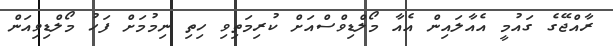
ރާއްޖޭގެ ގައުމީ އެއާލައިން އެއާ މޯލްޑިވްސްއަށް ކުރިމަތިވި ހިތި ނިމުމަށް ފަހު މޯލްޑިވިއަން